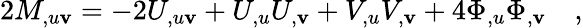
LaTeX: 2M_{,u\mathbf{v}}=-2U_{,u\mathbf{v}}+U_{,u}U_{,\mathbf{v}}+V_{,u}V_{,\mathbf{v}}+4\Phi_{,u}\Phi_{,\mathbf{v}}\quad,